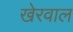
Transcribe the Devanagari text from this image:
खेरवाल